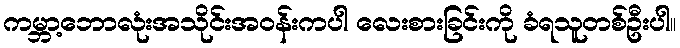
ကမ္ဘာ့ဘောလုံးအသိုင်းအဝန်းကပါ လေးစားခြင်းကို ခံရသူတစ်ဦးပါ။